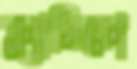
ক্ল্যাসিকো